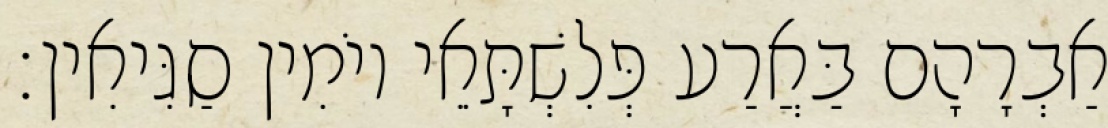
אַבְרָהָם בַּאֲרַע פְּלִשְׁתָּאֵי יוֹמִין סַגִּיאִין׃